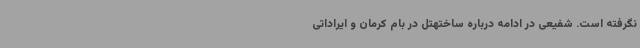
نگرفته است. شفیعی در ادامه درباره ساختهتل در بام کرمان و ایراداتی